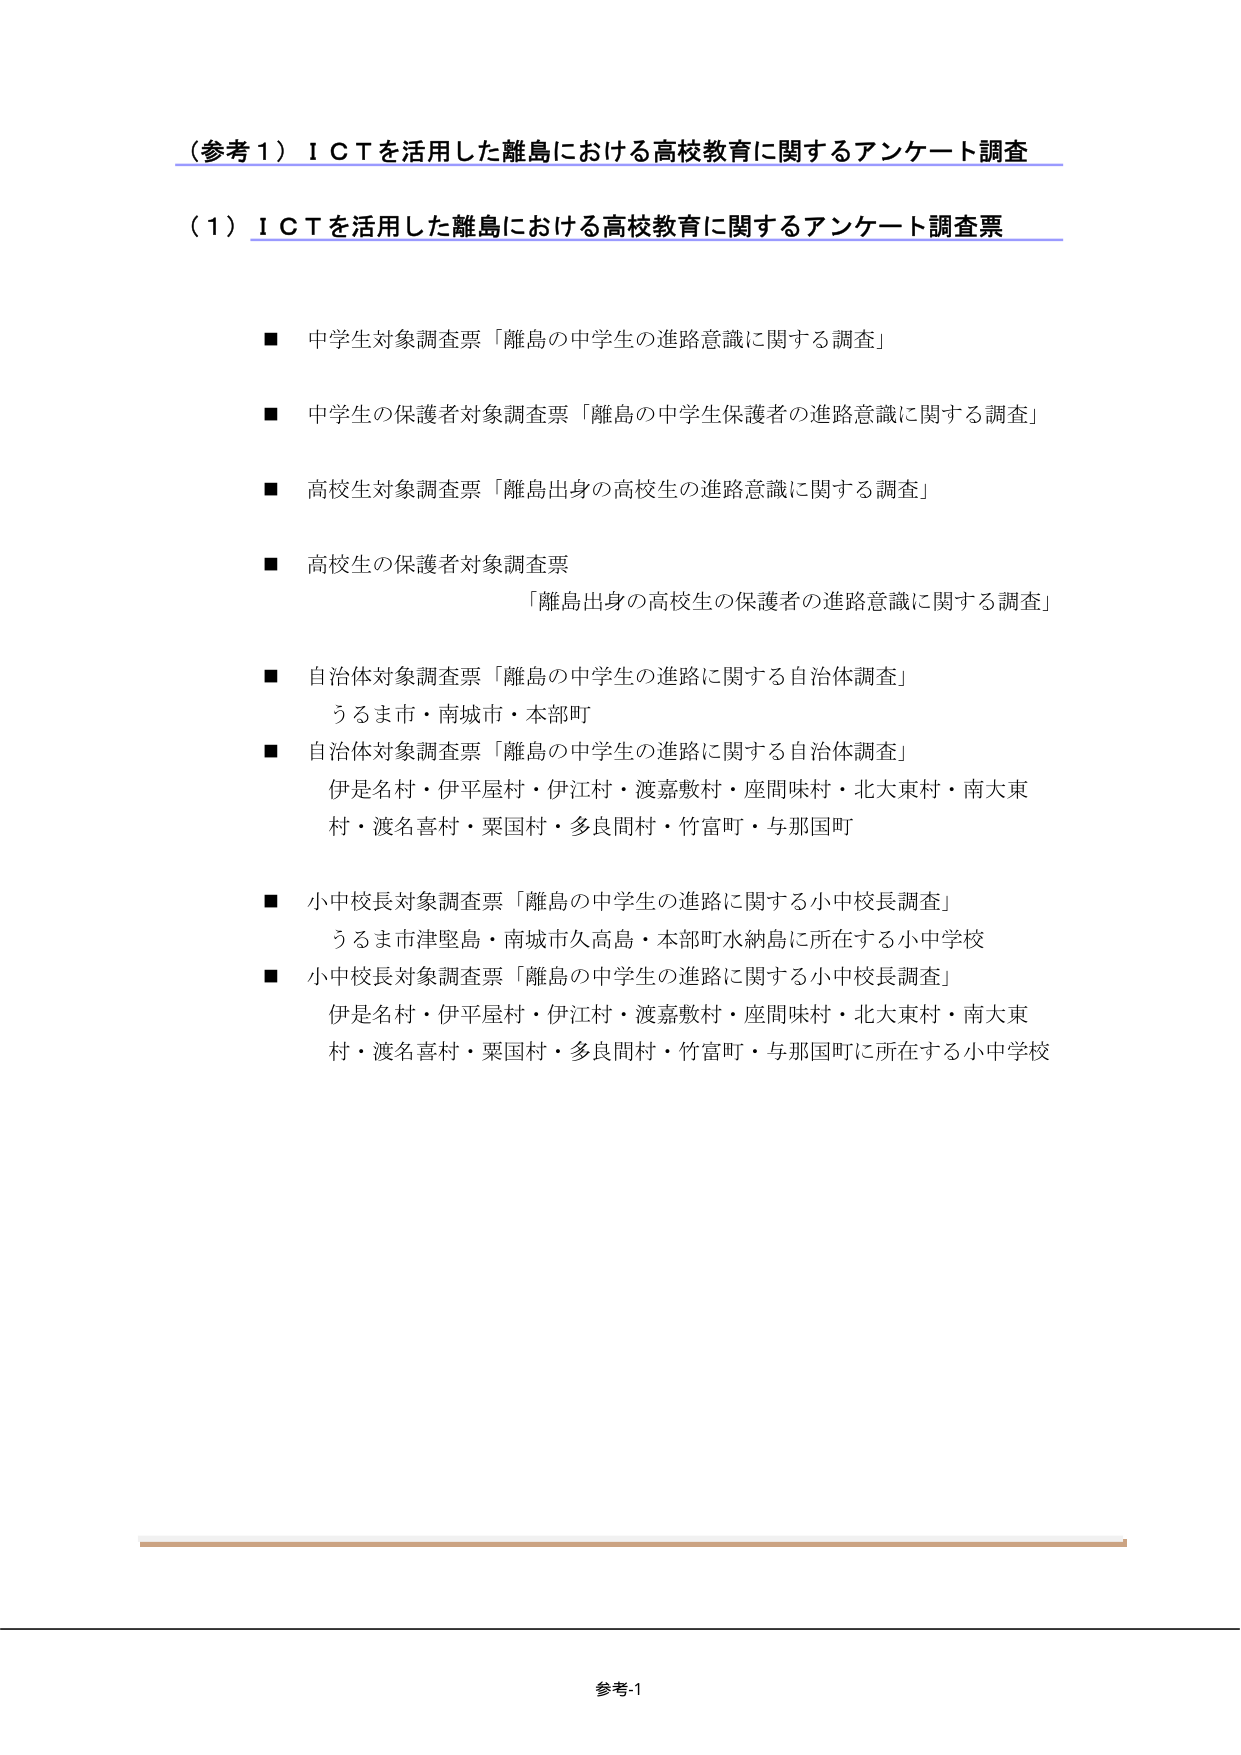
（参考１）ＩＣＴを活用した離島における高校教育に関するアンケート調査

（１）ＩＣＴを活用した離島における高校教育に関するアンケート調査票

■ 中学生対象調査票「離島の中学生の進路意識に関する調査」

■ 中学生の保護者対象調査票「離島の中学生保護者の進路意識に関する調査」

■ 高校生対象調査票「離島出身の高校生の進路意識に関する調査」

■ 高校生の保護者対象調査票
　　「離島出身の高校生の保護者の進路意識に関する調査」

■ 自治体対象調査票「離島の中学生の進路に関する自治体調査」
　　うるま市・南城市・本部町

■ 自治体対象調査票「離島の中学生の進路に関する自治体調査」
　　伊是名村・伊平屋村・伊江村・渡嘉敷村・座間味村・北大東村・南大東村・渡名喜村・粟国村・多良間村・竹富町・与那国町

■ 小中校長対象調査票「離島の中学生の進路に関する小中校長調査」
　　うるま市津堅島・南城市久高島・本部町水納島に所在する小中学校

■ 小中校長対象調査票「離島の中学生の進路に関する小中校長調査」
　　伊是名村・伊平屋村・伊江村・渡嘉敷村・座間味村・北大東村・南大東村・渡名喜村・粟国村・多良間村・竹富町・与那国町に所在する小中学校

参考-1